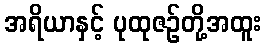
အရိယာနှင့် ပုထုဇဉ်တို့အထူး